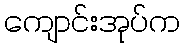
ကျောင်းအုပ်က